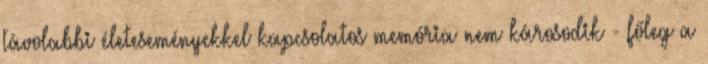
távolabbi életeseményekkel kapcsolatos memória nem károsodik - főleg a